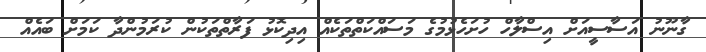
ގާނޫނު އަސާސީއަށް އިސްލާހް ހުށަހެޅުމުގެ މަސައްކަތްތަކެއް އިދިކޮޅު ފަރާތްތަކުން ކުރަމުންދާ ކަމަށް ބައެއް